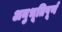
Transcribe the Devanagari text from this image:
अनुभूतिपूर्ण